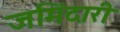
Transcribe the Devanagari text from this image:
जमिंदारी